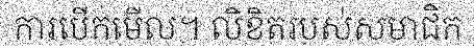
ការបើកមើល។ លិខិតរបស់សមាជិក